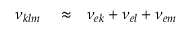
\begin{array} { r l r } { \nu _ { k l m } } & { { } \approx } & { \nu _ { e k } + \nu _ { e l } + \nu _ { e m } } \end{array}